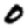
Digit: 0